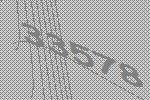
33578